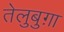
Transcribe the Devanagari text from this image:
तेलुबुग़ा